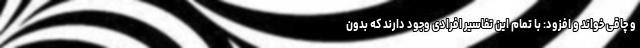
و چاقی خواند و افزود: با تمام این تفاسیر افرادی وجود دارند که بدون